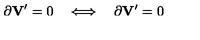
\partial { \bf V } ^ { \prime } = 0 \quad \Longleftrightarrow \quad \partial { \bf V } ^ { \prime } = 0